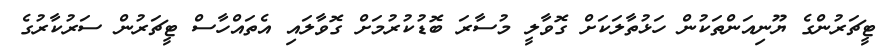
ޓީޗަރުންގެ ޔޫނިއަންތަކުން ހަޅުތާލަކަށް ގޮވާލީ މުސާރަ ބޮޑުކުރުމަށް ގޮވާލައި އެތައްހާސް ޓީޗަރުން ސަރުކާރުގެ